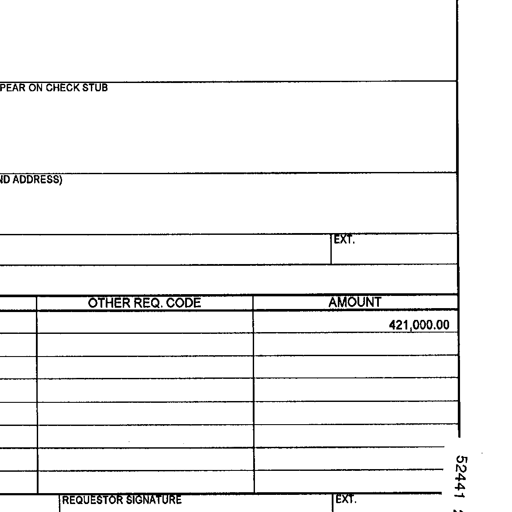
Transcript:
PEAR ON CHECK STUB
ND ADDRESS)
EXT.
OTHER REQ. CODE AMOUNT
421,000.00
REQUESTOR SIGNATURE EXT.
52441